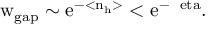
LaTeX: \mathrm { w _ { g a p } \sim e ^ { - < n _ { h } > } < e ^ { - \Delta \ e t a } . }